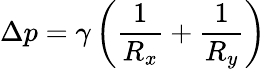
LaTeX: \Delta p=\gamma\left({\frac{1}{R_{x}}}+{\frac{1}{R_{y}}}\right)